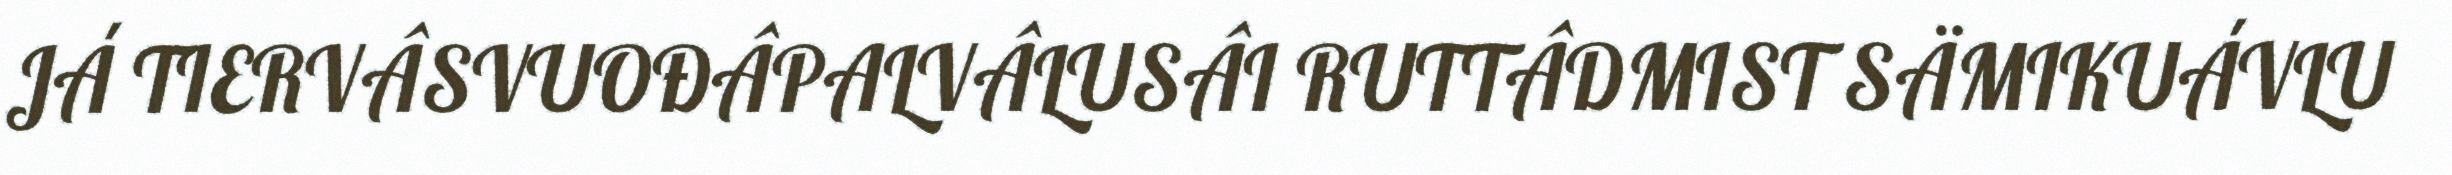
JÁ TIERVÂSVUOĐÂPALVÂLUSÂI RUTTÂDMIST SÄMIKUÁVLU